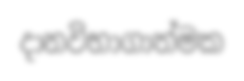
දානවිභාගාත්මක